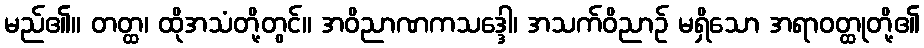
မည်၏။ တတ္ထ၊ ထိုအသံတို့တွင်။ အဝိညာဏကသဒ္ဒေါ၊ အသက်ဝိညာဉ် မရှိသော အရာဝတ္ထုတို့၏